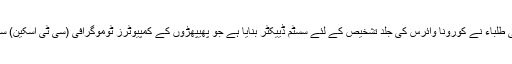
تفصیلات کے مطابق 2 پاکستانی طلباء نے کورونا وائرس کی جلد تشخیص کے لئے سسٹم ڈییکٹر بنایا ہے جو پھیپھڑوں کے کمپیوٹرز ٹوموگرافی (سی ٹی اسکین) سے وائرس کو شناخت کر لے گا۔